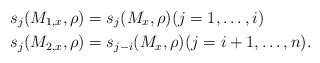
\begin{align*}s_j(M_{1,x}, \rho) &= s_j(M_x, \rho) (j=1,\dots,i) \\s_j(M_{2,x}, \rho) &= s_{j-i}(M_x, \rho) (j=i+1,\dots,n).\end{align*}